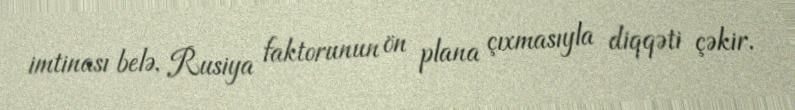
imtinası belə, Rusiya faktorunun ön plana çıxmasıyla diqqəti çəkir.